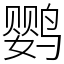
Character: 鹦